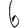
Digit: 6